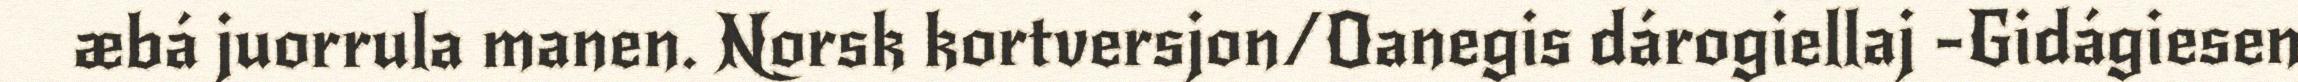
æbá juorrula manen. Norsk kortversjon/Oanegis dárogiellaj -Gidágiesen